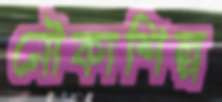
নৌকাশিল্প